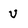
Character: U